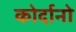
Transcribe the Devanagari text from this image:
कोर्दानो